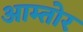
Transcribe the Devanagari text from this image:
आम्तोर